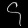
Digit: ၄